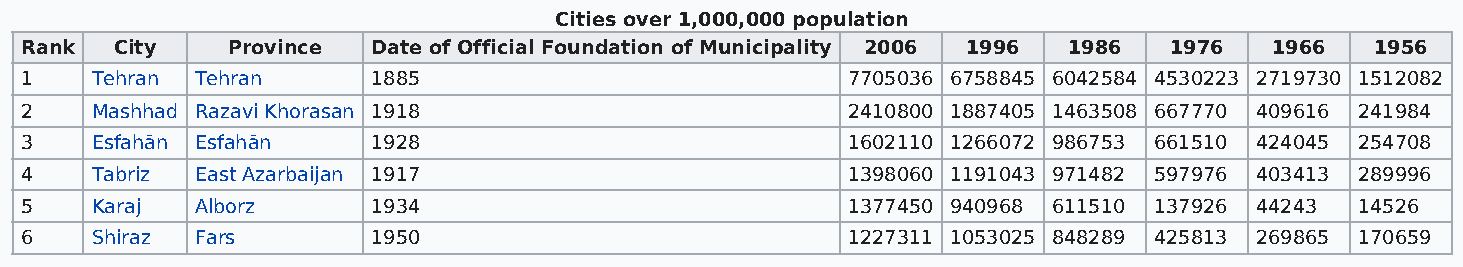
Cities over 1,000,000 population
 Rank   City   Province  Date of Official Foundation of Municipality 2006 1996 1986 1976 1966 1956
 1    Tehran Tehran      1885                           7705036 6758845 6042584 4530223 2719730 1512082
 2    Mashhad Razavi Khorasan 1918                      2410800 1887405 1463508 667770 409616 241984
 3    Esfahān Esfahān    1928                           1602110 1266072 986753 661510 424045 254708
 4    Tabriz East Azarbaijan 1917                       1398060 1191043 971482 597976 403413 289996
 5    Karaj  Alborz      1934                           1377450 940968 611510 137926 44243 14526
 6    Shiraz Fars        1950                           1227311 1053025 848289 425813 269865 170659